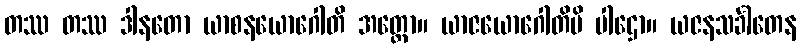
တဿ တဿ ဒါနတော ယာစနယောဂေါတိ အတ္ထော။ ယာဇယောဂေါတိပိ ပါဌော။ ယဇနသင်္ခါတေန